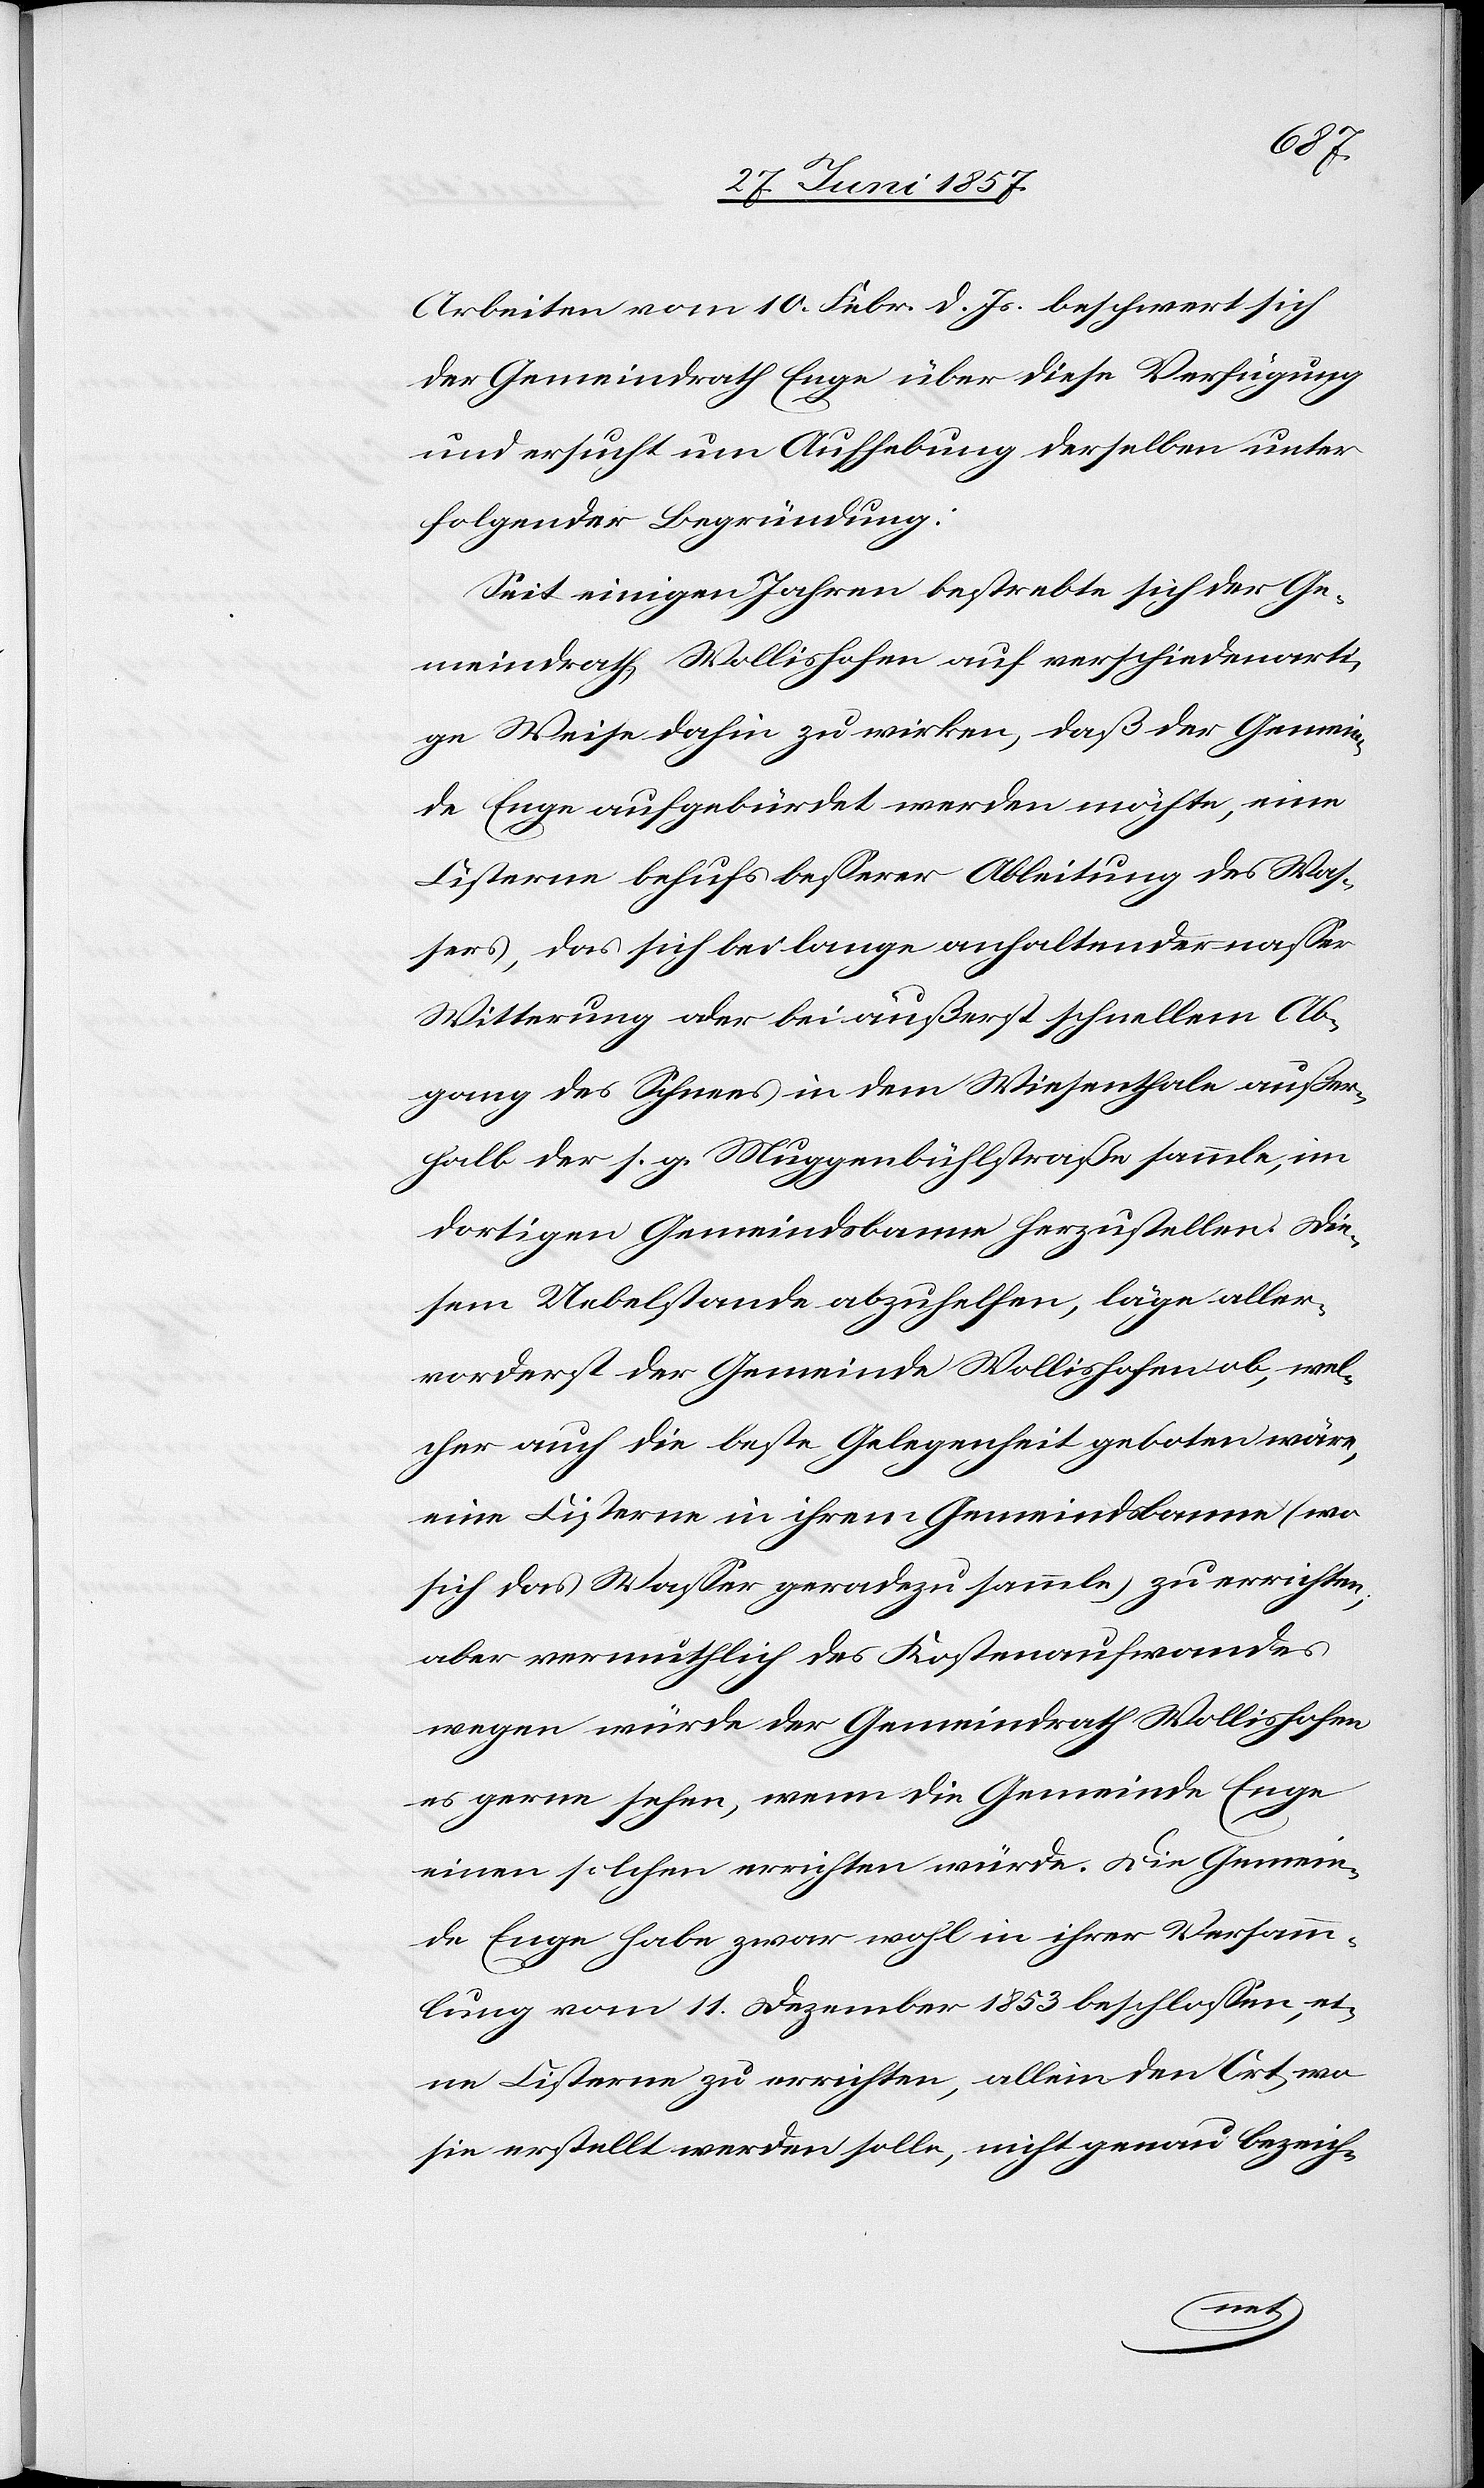
Arbeiten vom 10 Febr. d. Js. beschwert sich
der Gemeindrath Enge über diese Verfügung
und ersucht um Aufhebung derselben unter
folgender Begründung:
Seit einigen Jahren bestrebte sich der Ge¬
meindrath Wollishofen auf verschiedenarti¬
ge Weise dahin zu wirken, daß der Gemein¬
de Enge aufgebürdet werden möchte, eine
Cisterne behufs besserer Ableitung des Was¬
sers, das sich bei lange anhaltender nasser
Witterung oder bei äußerst schnellem Ab¬
gang des Schnees in dem Wiesenthale außer¬
halb der s. g. Muggenbühlstraße sammle, im
dortigen Gemeindsbanne herzustellen. Die¬
sem Uebelstande abzuhelfen, läge aller¬
vorderst der Gemeinde Wollishofen ob, wel¬
cher auch die beste Gelegenheit geboten wäre,
eine Cisterne in ihrem Gemeindsbanne (wo
sich das Wasser geradezu sammle) zu errichten;
aber vermuthlich des Kostenaufwandes
wegen würde der Gemeindrath Wollishofen
es gerne sehen, wenn die Gemeinde Enge
einen solchen errichten würde. Die Gemein¬
de Enge habe zwar wohl in ihrer Versamm¬
lung vom 11 Dezember 1853 beschlossen, ei¬
ne Cisterne zu errichten, allein den Ort wo
sie erstellt werden solle, nicht genau bezeich-